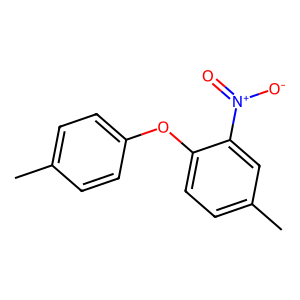
SMILES: Cc1ccc(Oc2ccc(C)cc2[N+](=O)[O-])cc1
Inhibits HIV replication: No